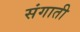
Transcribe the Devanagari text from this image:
संगाती